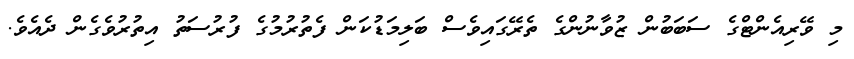
މި ވޭރިއެންޓްގެ ސަބަބުން ޒުވާނުންގެ ތެރޭގައިވެސް ބަލިމަޑުކަން ފެތުރުމުގެ ފުރުސަތު އިތުރުވެގެން ދެއެވެ.